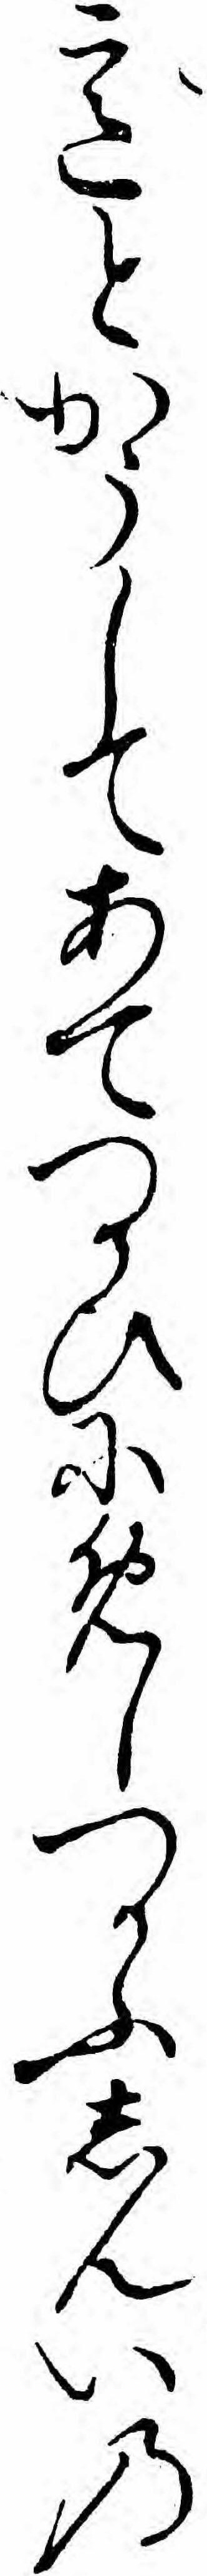
意とかうしてあてつかひにめしつかふしんいの